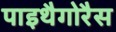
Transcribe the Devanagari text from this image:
पाइथैगोरैस